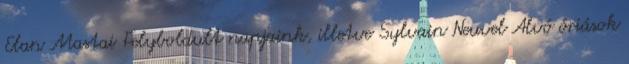
Elan Mastai Felyboldult napjaink, illetve Sylvain Neuvel Alvó óriások